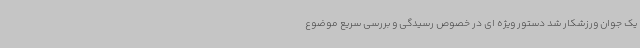
یک جوان ورزشکار شد دستور ویژه ای در خصوص رسیدگی و بررسی سریع موضوع